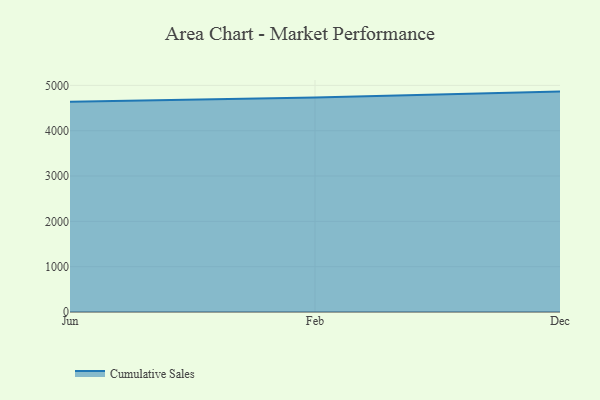
{"axis": {"x": "Month", "y": "Conversion Rate (%)"}, "legend": ["Cumulative Sales"], "data": [{"x": "Jun", "y": 4640.8, "type": "Cumulative Sales"}, {"x": "Feb", "y": 4730.7, "type": "Cumulative Sales"}, {"x": "Dec", "y": 4863.0, "type": "Cumulative Sales"}]}